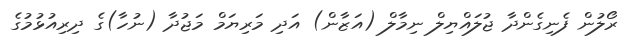
ރޯލުން ފެނިގެންދާ ޖުލައްޔިލް ނިމާލް (އަޒާން) އަދި މަރިޔަމް މަޖުދާ (ނުހާ)ގެ ދިރިއުޅުމުގެ